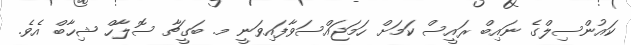
ކައުންސިލްގެ ނައިބް ރައީސް ކަމަށް ހަމަޖައްސަވާފައިވަނީ މ. ބަގީޗާ ސޮލާހް ޝިހާބް އެވެ.